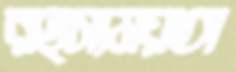
রহস্যময়তা